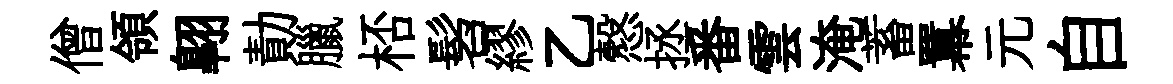
僧領翺勣臘桮髫繆乙慤拯番雲淹蓄羃元自